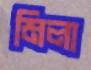
মিলা